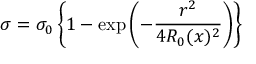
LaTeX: \sigma = \sigma _ { 0 } \left\{ 1 - \exp \left( - \frac { r ^ { 2 } } { 4 R _ { 0 } ( x ) ^ { 2 } } \right) \right\}